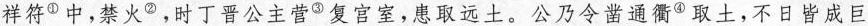
祥符^{①}中，禁火^{②}，时丁晋公主营^{③}复宫室，患取远土。公乃令凿通衢^{④}取土，不日皆成巨